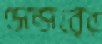
সেন্সরের